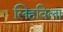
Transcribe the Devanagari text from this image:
लिहविला